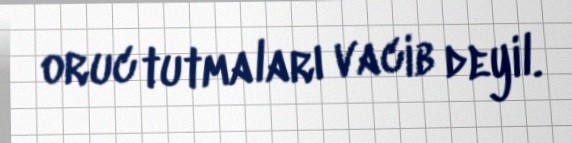
oruc tutmaları vacib deyil.